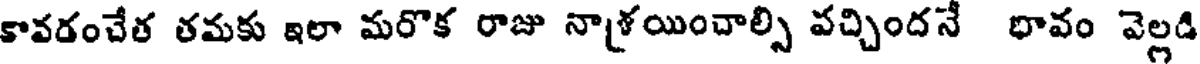
కావడంచేత తమకు ఇలా మరొక రాజు నాశ్రయించాల్సి వచ్చిందనే భావం వెల్లడి